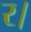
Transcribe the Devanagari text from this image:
र।